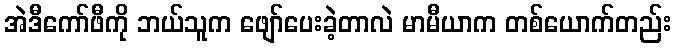
အဲဒီကော်ဖီကို ဘယ်သူက ဖျော်ပေးခဲ့တာလဲ မာမီယာက တစ်ယောက်တည်း